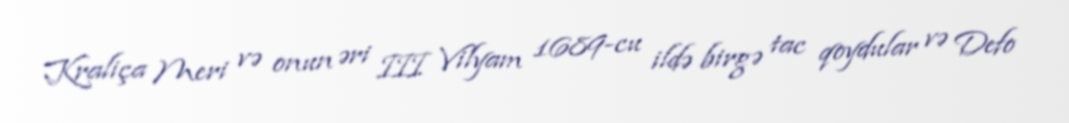
Kraliça Meri və onun əri III Vilyam 1689-cu ildə birgə tac qoydular və Defo